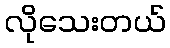
လိုသေးတယ်